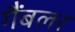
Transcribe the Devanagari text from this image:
गैंबलर